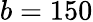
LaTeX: b=150